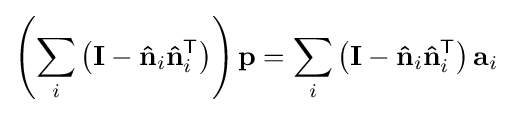
\left(\sum _{i}\left(\mathbf {I} -\mathbf {\hat {n}} _{i}\mathbf {\hat {n}} _{i}^{\mathsf {T}}\right)\right)\mathbf {p} =\sum _{i}\left(\mathbf {I} -\mathbf {\hat {n}} _{i}\mathbf {\hat {n}} _{i}^{\mathsf {T}}\right)\mathbf {a} _{i}